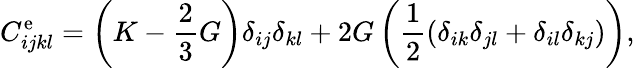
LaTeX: C_{ijkl}^{\mathrm{e}}=\left(K-\frac{{2}}{{3}}G\right)\delta_{ij}\delta_{kl}+2G\left(\frac{{1}}{{2}}(\delta_{ik}\delta_{jl}+\delta_{il}\delta_{kj})\right),